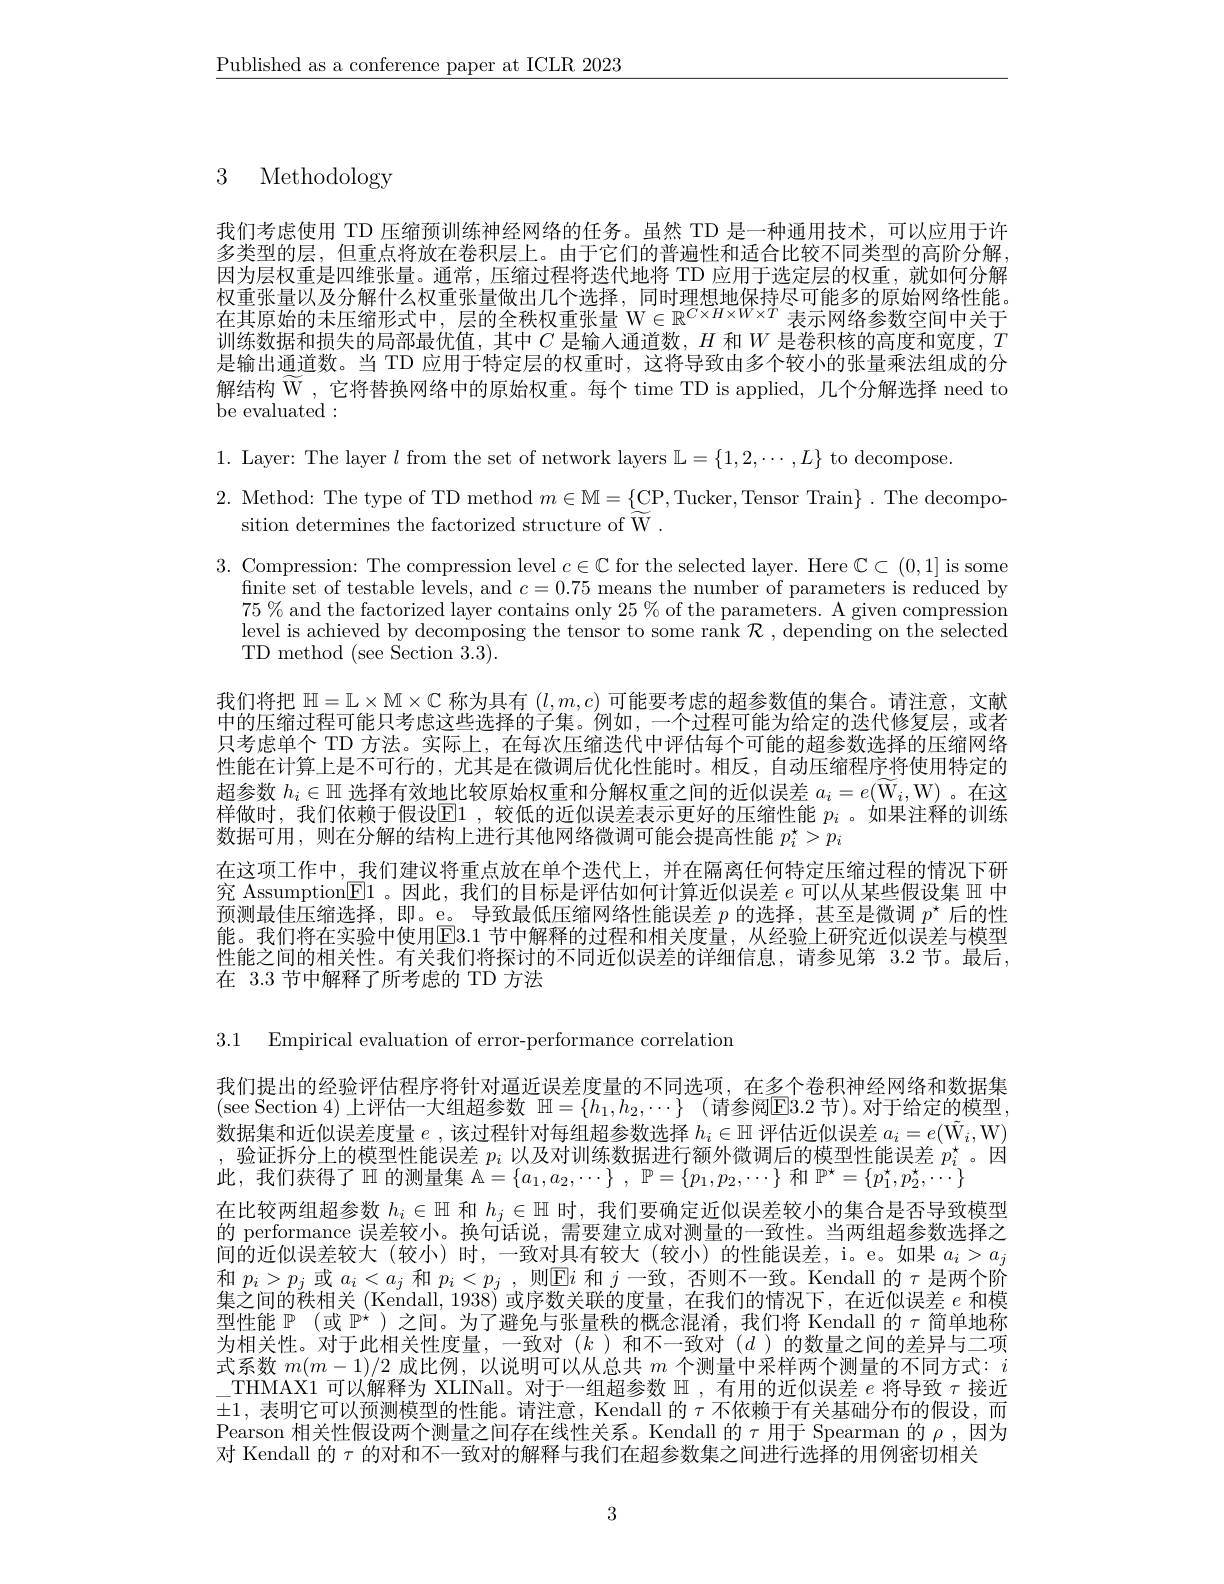
$\underline{\text{Published as a conference paper at ICLR 2023}}$

3 Methodology

我们考虑使用 TD 压缩预训练神经网络的任务。虽然 TD 是一种通用技术，可以应用于许多类型的层，但重点将放在卷积层上。由于它们的普遍性和适合比较不同类型的高阶分解， 因为层权重是四维张量。通常，压缩过程将迭代地将 TD 应用于选定层的权重，就如何分解权重张量以及分解什么权重张量做出几个选择，同时理想地保持尽可能多的原始网络性能。在其原始的未压缩形式中，层的全秩权重张量 W$\in\mathbb{R}^C\times H\times W\times T$表示网络参数空间中关于训练数据和损失的局部最优值，其中$C$是输人通道数，$H$和$W$是卷积核的高度和宽度，$T$ 是输出通道数。当 TD 应用于特定层的权重时，这将导致由多个较小的张量乘法组成的分解结构$\widetilde{\mathcal{W}}$ ,它将替换网络中的原始权重。每个 time TD is applied, 几个分解选择 need to be evaluated:

1. Layer: The layer $l$ from the set of network layers $\mathbb{L}=\{1,2,\cdots,L\}$ to decompose.
2. Method: The type of TD method $m\in \mathbb{M} = \{ \underline {\mathrm{CP}}$,Tucker, Tensor Train$\}.$ The decompo-
sition determines the factorized structure of $\widetilde{\mathrm{W}}.$
3. Compression: The compression level $c\in\mathbb{C}$ for the selected layer. Here $\mathbb{C}\subset(0,1]$ is some
finite set of testable levels, and $c=0.75$ means the number of parameters is reduced by $75\%$ and the factorized layer contains only $25\%$ of the parameters. A given compression level is achieved by decomposing the tensor to some rank $\mathcal{R}$,depending on the selected TD method (see Section 3.3).
我们将把$\mathbb{H}=\mathbb{L}\times\mathbb{M}\times\mathbb{C}$称为具有$(l,m,c)$可能要考虑的超参数值的集合。请注意，文献中的压缩过程可能只考虑这些选择的子集。例如，一个过程可能为给定的迭代修复层，或者只考虑单个 TD 方法。实际上，在每次压缩迭代中评估每个可能的超参数选择的压缩网络性能在计算上是不可行的，尤其是在微调后优化性能时。相反，自动压缩程序将使用特定的超参数$h_i\in\mathbb{H}$选择有效地比较原始权重和分解权重之间的近似误差$a_i=e(\widetilde{\mathcal{W}}_i,\mathcal{W})$ 。在这样做时，我们依赖于假设$\boxed{\mathrm{E}}1$, 较低的近似误差表示更好的压缩性能 $p_i$ 。如果注释的训练数据可用，则在分解的结构上进行其他网络微调可能会提高性能$p_i^\star>p_i$
在这项工作中，我们建议将重点放在单个迭代上，并在隔离任何特定压缩过程的情况下研究 Assumption$\underline{\mathrm{E}}1$ 。因此，我们的目标是评估如何计算近似误差$e$可以从某些假设集$\mathbb{H}$中预测最佳压缩选择，即。e。导致最低压缩网络性能误差$p$的选择 ,甚至是微调$p^\star$后的性能。我们将在实验中使用$\overline{\mathrm{E}}3.1$ 节中解释的过程和相关度量，从经验上研究近似误差与模型性能之间的相关性。有关我们将探讨的不同近似误差的详细信息，请参见第 3.2 节。最后， 在 3.3 节中解释了所考虑的 TD 方法
3.1 Empirical evaluation of error-performance correlation

我们提出的经验评估程序将针对逼近误差度量的不同选项，在多个卷积神经网络和数据集(see Section 4)上评估一大组超参数 $\mathbb{H} = \{ h_1, h_2, \cdots \}$ (请参阅$\mathbb{E}3.2$ 节)。对于给定的模型， 数据集和近似误差度量$e$ ,该过程针对每组超参数选择$h_i\in\mathbb{H}$评估近似误差$a_i=e(\tilde{\mathcal{W}}_i,\mathcal{W})$ ,验证拆分上的模型性能误差$p_i$以及对训练数据进行额外微调后的模型性能误差$p_i^\star$。因此，我们获得了$\mathbb{H}$的测量集$\mathbb{A}=\{a_1,a_2,\cdots\}~,~\mathbb{P}=\{p_1,p_2,\cdots\}~$和$\mathbb{P}^\star=\{p_1^\star,p_2^\star,\cdots\}$
在比较两组超参数$h_i\in\mathbb{H}$和$h_j\in\mathbb{H}$时，我们要确定近似误差较小的集合是否导致模型的 performance 误差较小。换句话说，需要建立成对测量的一致性。当两组超参数选择之间的近似误差较大(较小)时，一致对具有较大(较小)的性能误差，i。e。如果$a_i>a_j$ 和$p_i>p_j$或$a_i<a_j$和$p_i<p_j$ ,则$\mathbb{E}i$和$j$一致，否则不一致。Kendall 的$\tau$是两个阶墓プ间的秩相关(Kendall.1938)或序数关联的传最，不我们的情况卜，在计似误丢$e$ 和楫型性能$\mathbb{P}$ (或$\mathbb{P}^\star$ )之间。为了避免与张量秩的概念混淆，我们将 Kendall 的$\tau$简单地称为相关性。对于此相关性度量，一致对($k$ )和不一致对($d$)的数量之间的差异与二项式系数$m(m-1)/2$成比例，以说明可以从总共$m$个测量中采样两个测量的不同方式：$i$ \_THMAX1 可以解释为 XLINall。对于一组超参数$\mathbb{H}$ ,有用的近似误差$e$将导致$\tau$接近$\pm1$,表明它可以预测模型的性能。请注意，Kendall 的$\tau$不依赖于有关基础分布的假设，而Pearson 相关性假设两个测量之间存在线性关系。Kendall 的$\tau$用于 Spearman 的$\rho$,因为对 Kendall 的$\tau$的对和不一致对的解释与我们在超参数集之间进行选择的用例密切相关

3